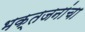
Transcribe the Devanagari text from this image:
भक्तजनांचा